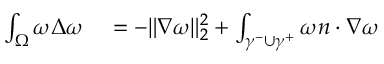
\begin{array} { r l } { \int _ { \Omega } \omega \Delta \omega } & { { } = - \| \nabla \omega \| _ { 2 } ^ { 2 } + \int _ { \gamma ^ { - } \cup \gamma ^ { + } } \omega n \cdot \nabla \omega } \end{array}